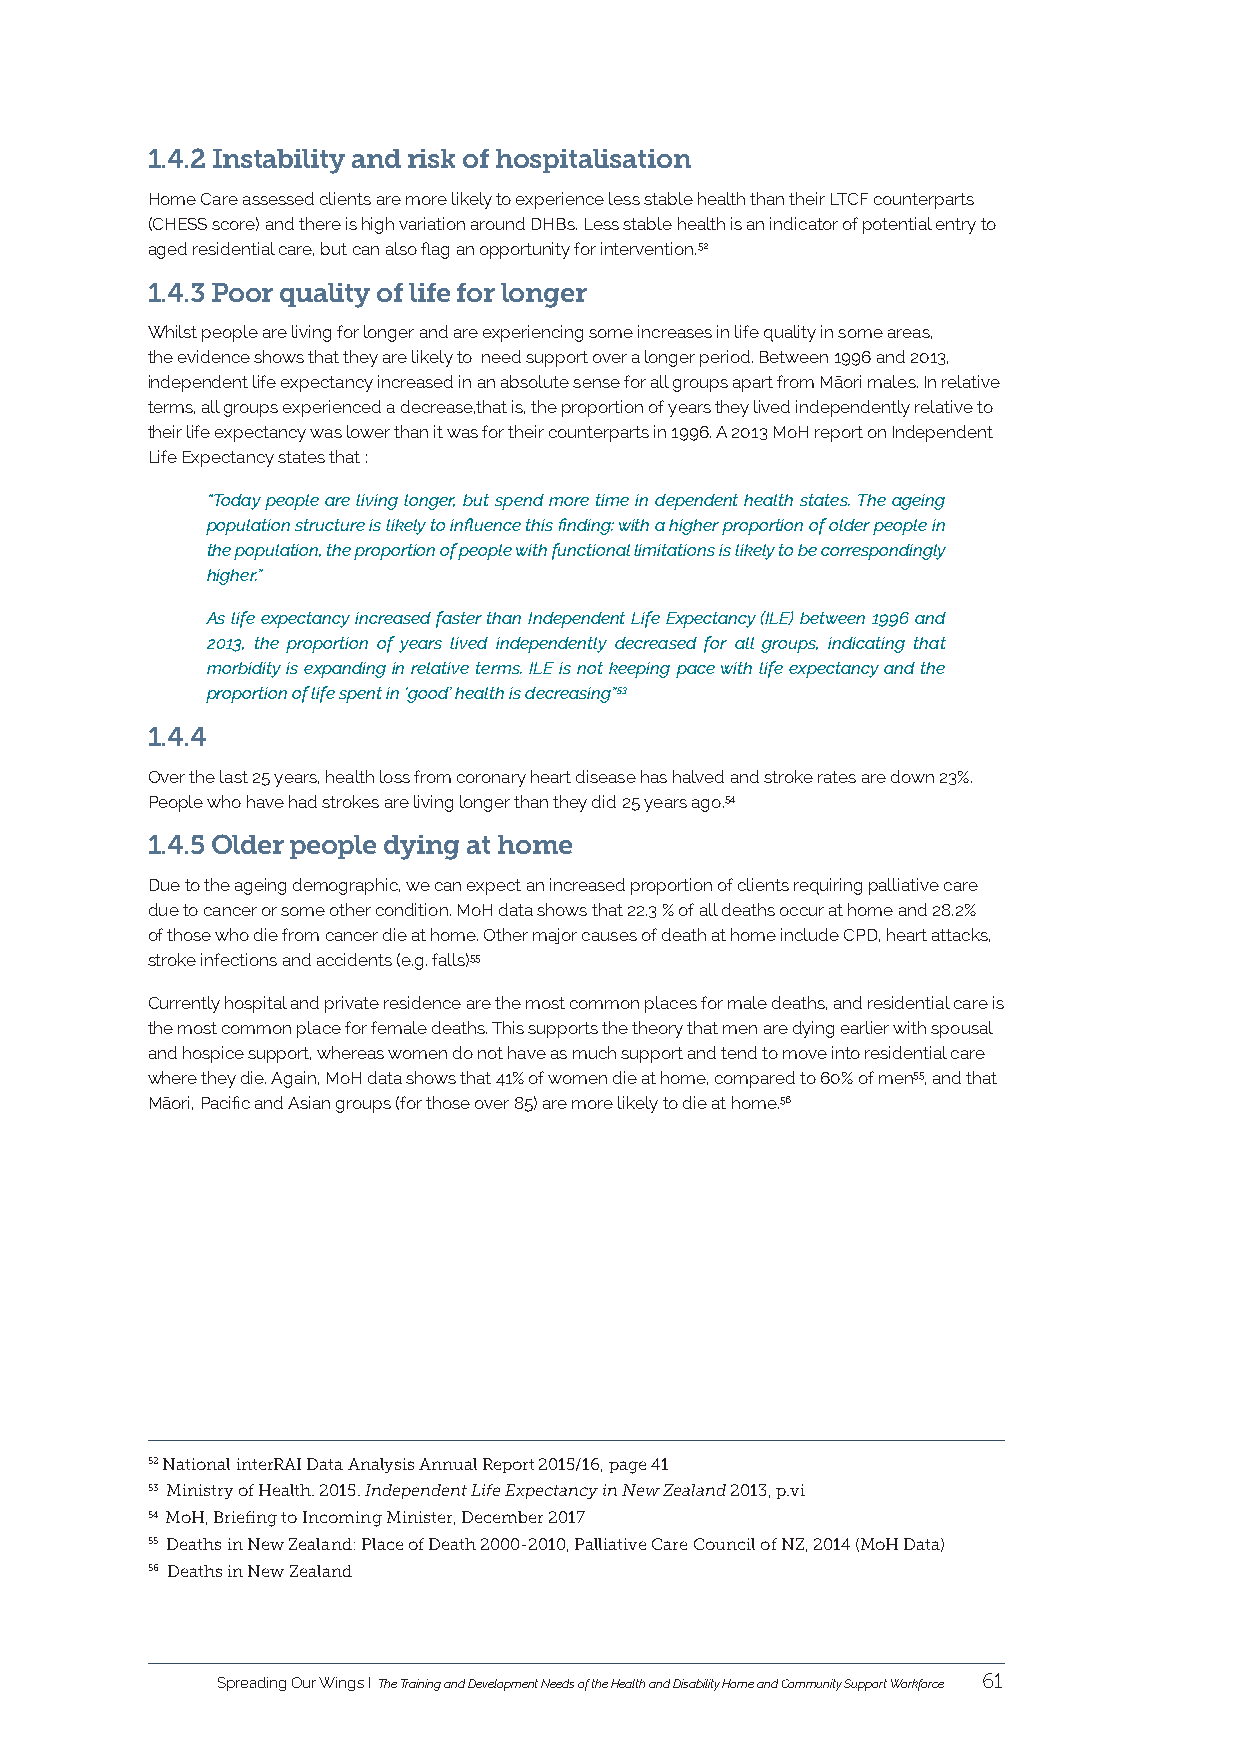
1.4.2 Instability and risk of hospitalisation
 Home Care assessed clients are more likely to experience less stable health than their LTCF counterparts
 (CHESS score) and there is high variation around DHBs. Less stable health is an indicator of potential entry to
 aged residential care, but can also flag an opportunity for intervention.52
 1.4.3 Poor quality of life for longer
 Whilst people are living for longer and are experiencing some increases in life quality in some areas,
 the evidence shows that they are likely to need support over a longer period. Between 1996 and 2013,
 independent life expectancy increased in an absolute sense for all groups apart from Māori males. In relative
 terms, all groups experienced a decrease,that is, the proportion of years they lived independently relative to
 their life expectancy was lower than it was for their counterparts in 1996. A 2013 MoH report on Independent
 Life Expectancy states that :
 “Today people are living longer, but spend more time in dependent health states. The ageing
 population structure is likely to influence this finding: with a higher proportion of older people in
 the population, the proportion of people with functional limitations is likely to be correspondingly
 higher.”
 As life expectancy increased faster than Independent Life Expectancy (ILE) between 1996 and
 2013, the proportion of years lived independently decreased for all groups, indicating that
 morbidity is expanding in relative terms. ILE is not keeping pace with life expectancy and the
 proportion of life spent in ‘good’ health is decreasing”53
 1.4.4
 Over the last 25 years, health loss from coronary heart disease has halved and stroke rates are down 23%.
 People who have had strokes are living longer than they did 25 years ago.54
 1.4.5 Older people dying at home
 Due to the ageing demographic, we can expect an increased proportion of clients requiring palliative care
 due to cancer or some other condition. MoH data shows that 22.3 % of all deaths occur at home and 28.2%
 of those who die from cancer die at home. Other major causes of death at home include CPD, heart attacks,
 stroke infections and accidents (e.g. falls)55
 Currently hospital and private residence are the most common places for male deaths, and residential care is
 the most common place for female deaths. This supports the theory that men are dying earlier with spousal
 and hospice support, whereas women do not have as much support and tend to move into residential care
 where they die. Again, MoH data shows that 41% of women die at home, compared to 60% of men55, and that
 Māori, Pacific and Asian groups (for those over 85) are more likely to die at home.56
 52 National interRAI Data Analysis Annual Report 2015/16, page 41
 53 Ministry of Health. 2015. Independent Life Expectancy in New Zealand 2013, p.vi
 54 MoH, Briefing to Incoming Minister, December 2017
 55 Deaths in New Zealand: Place of Death 2000-2010, Palliative Care Council of NZ, 2014 (MoH Data)
 56 Deaths in New Zealand
 Spreading Our Wings I The Training and Development Needs of the Health and Disability Home and Community Support Workforce 61